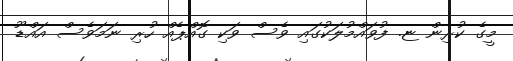
މީގެ ކުރިން ޏ. ފުވައްމުލަކުގައި ވެސް ވަކި ގޮއްޕެއް ހުރި ނަމަވެސް އައްޑޫ